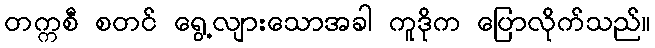
တက္ကစီ စတင် ရွေ့လျားသောအခါ ကူဒိုက ပြောလိုက်သည်။